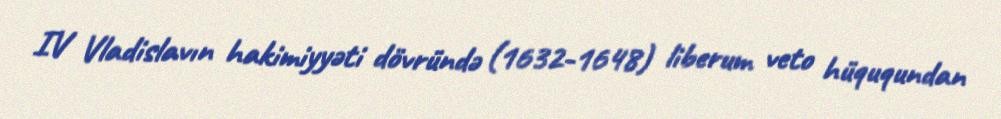
IV Vladislavın hakimiyyəti dövründə (1632-1648) liberum veto hüququndan